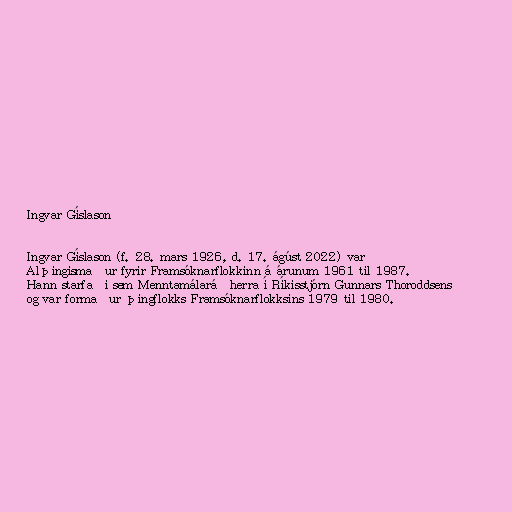
Ingvar Gíslason

Ingvar Gíslason (f. 28. mars 1926, d. 17. ágúst 2022) var
Alþingismaður fyrir Framsóknarflokkinn á árunum 1961 til 1987.
Hann starfaði sem Menntamálaráðherra í Ríkisstjórn Gunnars Thoroddsens
og var formaður þingflokks Framsóknarflokksins 1979 til 1980.